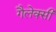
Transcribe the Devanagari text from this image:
गैलेक्‍सी